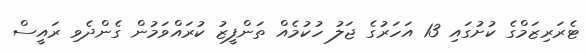
ޓެރަރިޒަމްގެ ކުށުގައި 13 އަހަރުގެ ޖަލު ހުކުމެއް ތަންފީޒު ކުރައްވަމުން ގެންދެވި ރައީސް